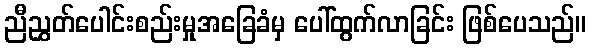
ညီညွှတ်ပေါင်းစည်းမှုအခြေခံမှ ပေါ်ထွက်လာခြင်း ဖြစ်ပေသည်။